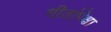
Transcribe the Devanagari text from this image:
गीतांपेक्षा